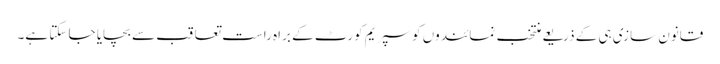
قانون سازی ہی کے ذریعے منتخب نمائندوں کو سپریم کورٹ کے براہ راست تعاقب سے بچایا جا سکتا ہے۔